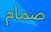
صمام